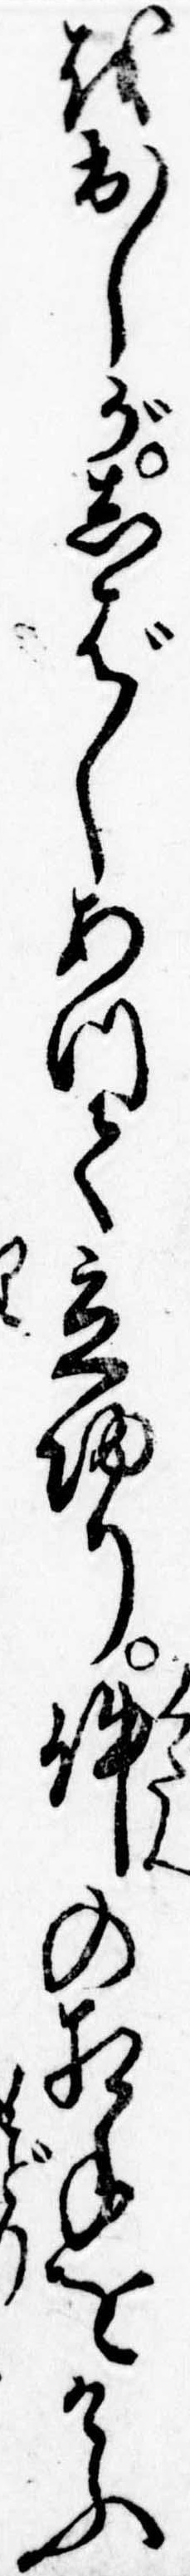
を出しがしばしあつて立帰り件の相手をけふ